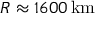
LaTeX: R \approx 1 6 0 0 \, { \mathrm { k m } }